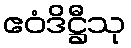
ဧဝံဒိဋ္ဌီသု